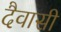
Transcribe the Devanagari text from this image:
दैवासी